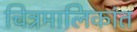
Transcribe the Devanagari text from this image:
चित्रमालिकांत